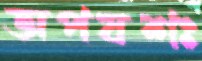
অপযশঃ